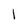
Character: l